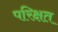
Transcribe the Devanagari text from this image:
परिक्षत